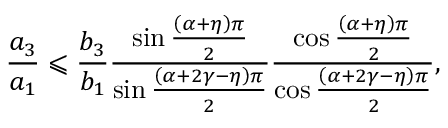
\frac { a _ { 3 } } { a _ { 1 } } \leqslant \frac { b _ { 3 } } { b _ { 1 } } \frac { \sin \frac { \left( \alpha + \eta \right) \pi } { 2 } } { \sin \frac { \left( \alpha + 2 \gamma - \eta \right) \pi } { 2 } } \frac { \cos \frac { \left( \alpha + \eta \right) \pi } { 2 } } { \cos \frac { \left( \alpha + 2 \gamma - \eta \right) \pi } { 2 } } ,